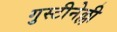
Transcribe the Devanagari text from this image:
गुस्टीनेल्ली